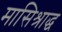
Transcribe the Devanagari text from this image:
मासिश्राद्ध